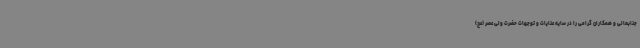
جنابعالی و همکاران گرامی را در سایه عنایات و توجهات حضرت ولی عصر (عج)